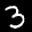
Label: 3